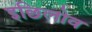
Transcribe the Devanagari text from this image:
इछिलोव